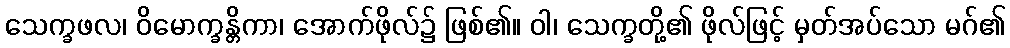
သေက္ခဖလ၊ ဝိမောက္ခန္တိကာ၊ အောက်ဖိုလ်၌ ဖြစ်၏။ ဝါ၊ သေက္ခတို့၏ ဖိုလ်ဖြင့် မှတ်အပ်သော မဂ်၏